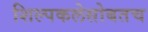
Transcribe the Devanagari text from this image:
शिल्पकलेसोबतच